Vaccination in Burma 1920-1933 - 1920-1933
Year: 1920
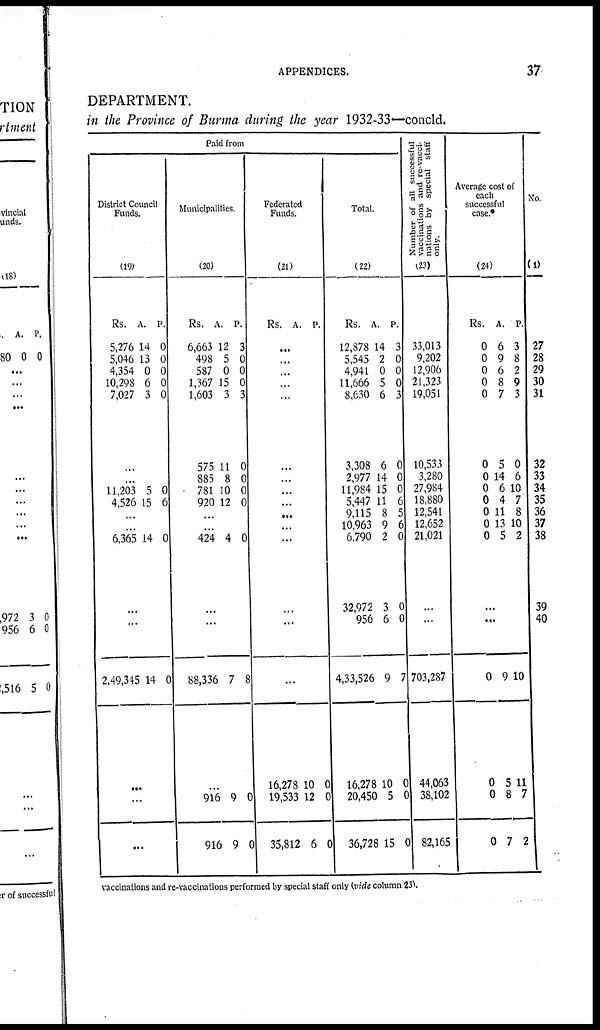
APPENDICES.
37
DEPARTMENT.
in the Province of Burma during the year 1932-33—concld.
Paid from
District Council
Funds.
(19)
Rs.
5,276
5,046
4,354
10,298
7,027
A.
14
13
0
6
3
P.
0
0
0
0
0
...
...
11,203
4,526
5
15
0
6
...
...
6,365 14 0
...
...
2,49,345 14 0
...
...
...
Municipalities.
(20)
Rs.
6,663
498
587
1,367
1,603
575
885
781
920
A.
12
5
0
15
3
11
8
10
12
P.
3
0
0
0
3
0
0
0
0
...
...
424 4 0
...
...
88,336 7 8
...
916
916
9
9
0
0
Federated
Funds.
(21)
Rs. A. P.
...
...
...
...
...
...
...
...
...
...
...
...
...
...
...
16,278
19,533
35,812
10
12
6
0
0
0
Total.
(22)
Rs.
12,878
5,545
4,941
11,666
8,630
3,308
2,977
11,984
5,447
9,115
10,963
6,790
32,972
956
4,33,526
16,278
20,450
36,728
A.
14
2
0
5
6
6
14
15
11
8
9
2
3
6
9
10
5
15
P.
3
0
0
0
3
0
0
0
6
5
6
0
0
0
7
0
0
0
Number of all successful
vaccinations and re-vacci-
nations by special staff
only.
(23)
33,013
9,202
12,906
21,323
19,051
10,533
3,280
27,984
18,880
12,541
12,652
21,021
...
...
703,287
44,063
38,102
82,165
Average cost of
each
successful
case.*
(24)
Rs.
0
0
0
0
0
0
0
0
0
0
0
0
A.
6
9
6
8
7
5
14
6
4
11
13
5
P.
3
8
2
9
3
0
6
10
7
8
10
2
...
...
0
0
0
0
9
5
8
7
10
11
7
2
No.
(1)
27
28
29
30
31
32
33
34
35
36
37
38
39
40
vaccinations and re-vaccinations performed by special staff only (vide column 23).